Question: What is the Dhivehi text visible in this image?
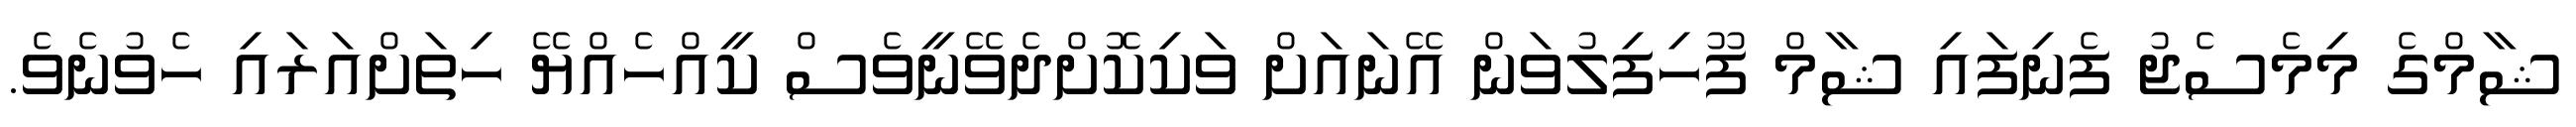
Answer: ޝާމްގެ މިމެސެޖު ފެނިފައި ޝާމް ފޫހިފިލުވަން އޭނައަށް ވަކިކޮށްދެވޭނީވެސް ކީއްހެއްޔޭ ހިތަށްއަރައި ހެވުނެވެ.